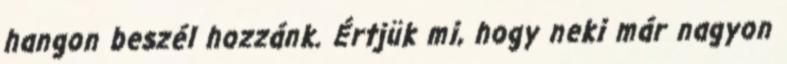
hangon beszél hozzánk. Értjük mi, hogy neki már nagyon